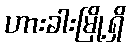
ဟားခါးမြို့ရှိ